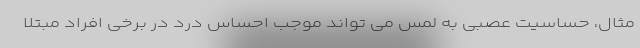
مثال، حساسیت عصبی به لمس می تواند موجب احساس درد در برخی افراد مبتلا